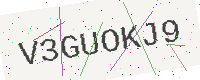
Text: V3GUOKJ9